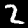
Label: 2